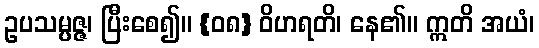
ဥပသမ္ပဇ္ဇ၊ ပြီးစေ၍။ {၀၈} ဝိဟရတိ၊ နေ၏။ ဣတိ အယံ၊